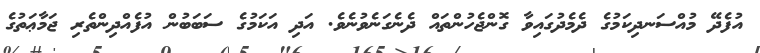
އުފެދޭ މުއްސަނދިކަމުގެ ދެމެދުގައިވާ ގޮންޖެހުންތައް ދެނެގަނެވުނެވެ. އަދި އަކަމުގެ ސަބަބުން އުފެއްދިންތެރި ޖަމާޢަތުގެ